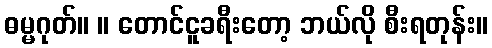
ဓမ္မဂုတ်။ ။ တောင်ငူခရီးတော့ ဘယ်လို စီးရတုန်း။